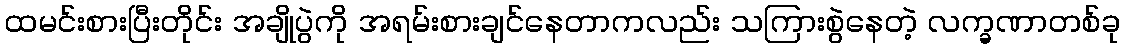
ထမင်းစားပြီးတိုင်း အချိုပွဲကို အရမ်းစားချင်နေတာကလည်း သကြားစွဲနေတဲ့ လက္ခဏာတစ်ခု